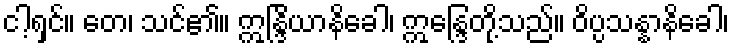
ငါ့ရှင်။ တေ၊ သင်၏။ ဣန္ဒြိယာနိခေါ၊ ဣန္ဒြေတို့သည်။ ဝိပ္ပသန္နာနိခေါ၊